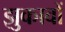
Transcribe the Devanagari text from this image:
झुकावों